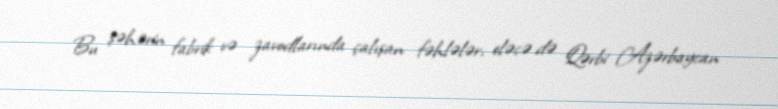
Bu şəhərin fabrik və zavodlarında çalışan fəhlələr, eləcə də Qərbi Azərbaycan